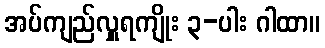
အပ်ကျည်လှူရကျိုး ၃-ပါး ဂါထာ။